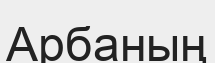
Арбаның